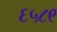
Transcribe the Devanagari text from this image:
६५८९